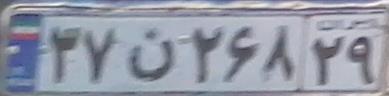
۳۷ن۲۶۸۲۹